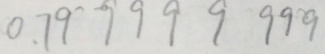
0 . 7 9 9 9 9 9 9 9 9